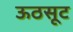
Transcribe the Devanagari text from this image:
ऊठसूट